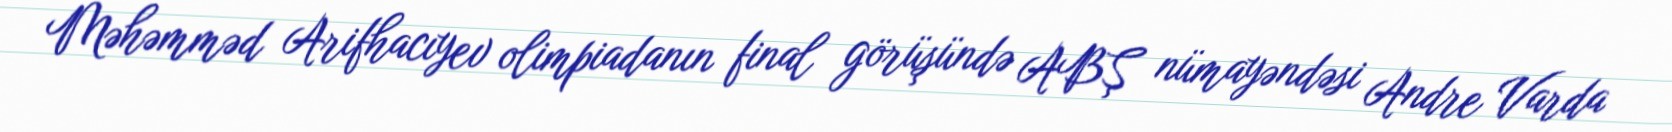
Məhəmməd Arifhacıyev olimpiadanın final görüşündə ABŞ nümayəndəsi Andre Varda